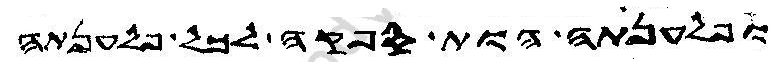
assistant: ופלענתה הות ספקה לכל פלענתה